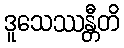
ဒူသေဿန္တီတိ